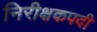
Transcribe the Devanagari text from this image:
निरीक्षकपदी